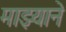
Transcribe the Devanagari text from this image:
माझ्याने